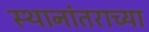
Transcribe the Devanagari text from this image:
स्थानांतराच्या